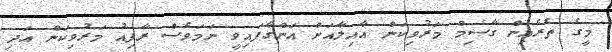
މީގެ ތެރެއިން ގާސިމް މަރުވިކަން އާއިލާއަށް އަންގާފައިވީ ނަމަވެސް ރާފިއު މަރުވިކަން އަދި